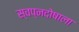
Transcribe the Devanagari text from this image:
स्वप्नदोषाला